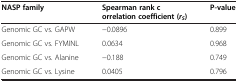
<table><thead><tr><td><b>NASP family</b></td><td><b>Spearman rank correlation coefficient (<i>r</i><sub><i>S</i></sub>)</b></td><td><b>P-value</b></td></tr></thead><tbody><tr><td>Genomic GC vs. GAPW</td><td>-0.0896</td><td>0.899</td></tr><tr><td>Genomic GC vs. FYMINL</td><td>0.0634</td><td>0.968</td></tr><tr><td>Genomic GC vs. Alanine</td><td>-0.188</td><td>0.749</td></tr><tr><td>Genomic GC vs. Lysine</td><td>0.0405</td><td>0.796</td></tr></tbody></table>